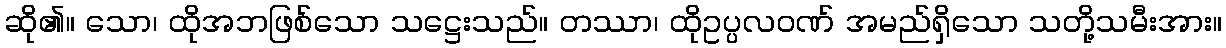
ဆို၏။ သော၊ ထိုအဘဖြစ်သော သဋ္ဌေးသည်။ တဿာ၊ ထိုဥပ္ပလဝဏ် အမည်ရှိသော သတို့သမီးအား။